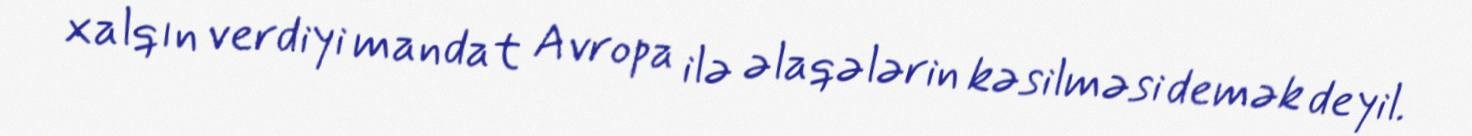
xalqın verdiyi mandat Avropa ilə əlaqələrin kəsilməsi demək deyil.